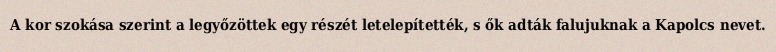
A kor szokása szerint a legyőzöttek egy részét letelepítették, s ők adták falujuknak a Kapolcs nevet.